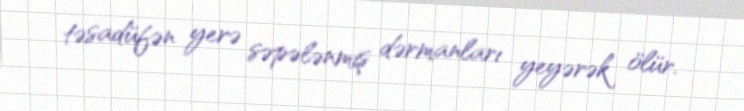
təsadüfən yerə səpələnmiş dərmanları yeyərək ölür.